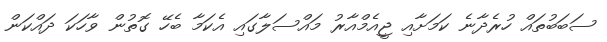
ސަބަބުތައް ހުރެދާނެ ކަމަށާއި ޖީއެމްއާރު މައްސަލާގައި އެކަމާ ބެހޭ ގޮތުން ވާހަކަ ދައްކަން